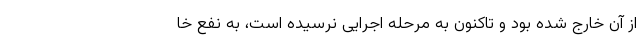
از آن خارج شده بود و تاکنون به مرحله اجرایی نرسیده است، به نفع خا